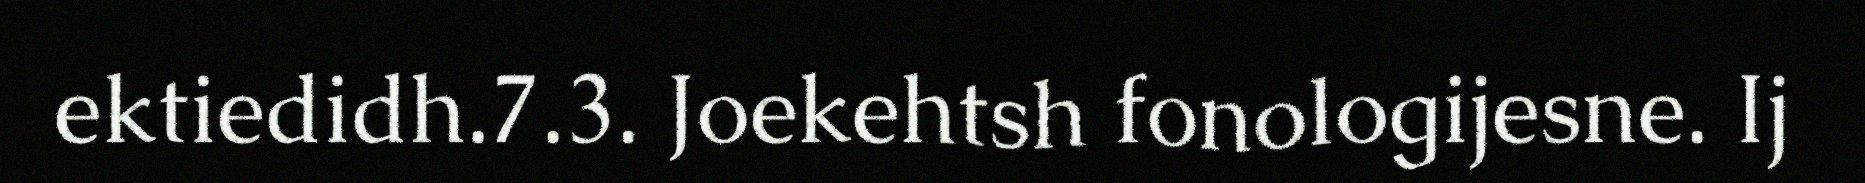
ektiedidh.7.3. Joekehtsh fonologijesne. Ij